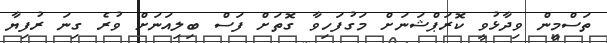
ތަސްމީން ވިދާޅުވީ ކޮރަޕްޝަނަށް މަގުފަހިވާ ގޮތަށް ފަސް ބިލިއަނަށް ވުރެ ގިނަ ރުފިޔާ